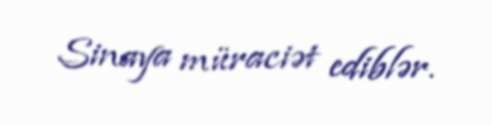
Sinaya müraciət ediblər.